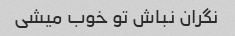
نگران نباش تو خوب میشی